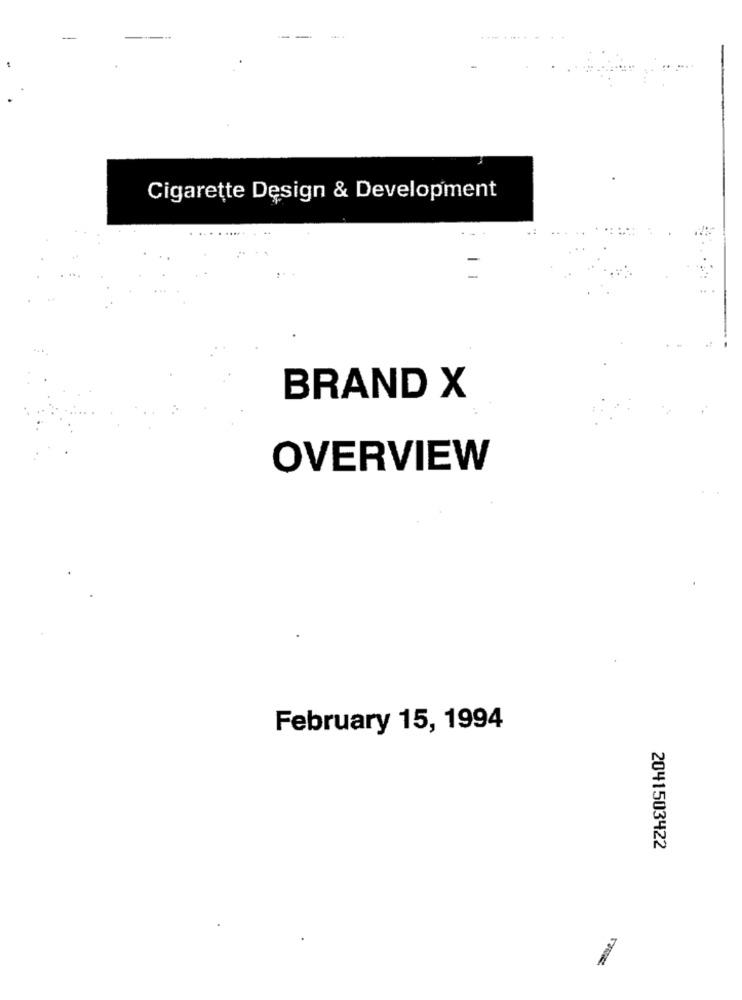
Cigarette Design & Development
BRAND X
OVERVIEW
February 15, 1994
2041503422